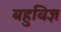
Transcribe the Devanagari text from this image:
बहुविज्ञ